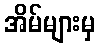
အိမ်များမှ